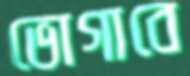
ভোগাবে